Indian journal of veterinary science and animal husbandry - Volume 2,
Year: 1932
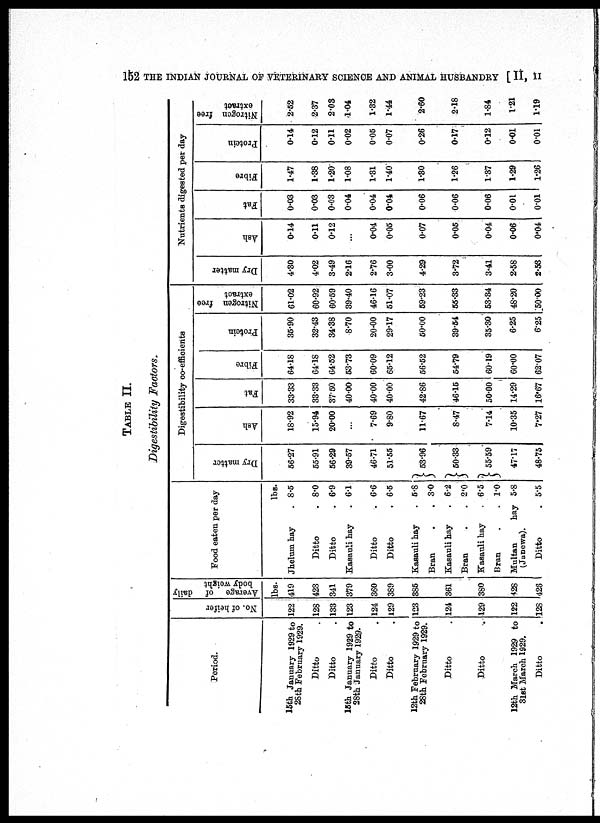
152 THE INDIAN JOURNAL OF VETERINARY SCIENCE AND ANIMAL HUSBANDRY [ II, II
TABLE II.
Digestibility Factors.
Period.
15th January 1929 to
28th February 1929.
Ditto
Ditto
15th January 1929 to
28th January 1929.
Ditto
Ditto
12th February 1929 to
28th February 1929.
Ditto
Ditto
12th March 1929 to
31st March 1929.
Ditto
No. of heifer
122
128
133
123
124
129
123
124
129
122
128
Average of daily
body weight
lbs.
419
423
341
379
360
389
385
361
380
428
426
Food eaten per day
Jhelum hay
Ditto
Ditto
Kasauli hay
Ditto
Ditto
Kasauli hay .
Bran . .
Kasauli hay .
Bran . .
Kasauli hay .
Bran . .
Multan
hay
(Janewa).
Ditto .
lbs.
8.5
8.0
6.9
6.1
6.6
6.5
5.8
3.0
6.2
2.0
6.5
1.0
5.8
5.5
Digestibility co.efficients
Dry matter
56.27
55.91
56.29
39.57
46.71
51.55
} 53.96
} 50.33
} 55.59
47.17
48.75
Ash
18.92
15.94
20.00
...
7.69
9.80
11.67
8.47
7.14
10.35
7.27
Fat
33.33
33.33
37.50
40.00
40.00
40.00
42.86
46.15
50.00
14.29
16.67
Fibre
64.18
64.18
64.52
53.73
60.09
65.12
56.52
54.79
60.19
60.00
62.07
Protein
35.90
32.43
34.38
8.70
20.00
29.17
50.00
39.54
35.30
6.25
6.25
Nitrogen free
extract
61.02
60.92
60.59
39.40
46.16
51.07
59.23
55.33
53.34
48.20
50.00
Nutrients digested per day
Dry matter
4.30
4.02
3.49
2.16
2.76
3.00
4.29
3.72
3.41
2.58
2.58
Ash
0.14
0.11
0.12
...
0.04
0.05
0.07
0.05
0.04
0.06
0.04
Fat
0.03
0.03
0.03
0.04
0.04
0.04
0.06
0.06
0.06
0.01
0.01
Fibre
1.47
1.38
1.20
1.08
1.31
1.40
1.30
1.26
1.37
1.29
1.26
Protein
0.14
0.12
0.11
0.02
0.05
0.07
0.26
0.17
0.12
0.01
0.01
Nitrogen free
extract
2.52
2.37
2.03
1.04
1.32
1.44
2.60
2.18
1.84
1.21
1.19